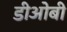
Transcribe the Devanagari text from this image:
डीओबी